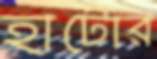
হাটোর